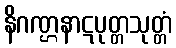
နိဂဏ္ဌနာဋပုတ္တသုတ္တံ